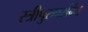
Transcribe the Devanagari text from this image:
स्त्रीपुरुषसंबंध